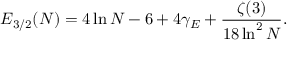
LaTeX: { \cal E } _ { 3 / 2 } ( N ) = 4 \ln N - 6 + 4 \gamma _ { E } + \frac { \zeta ( 3 ) } { 1 8 \ln ^ { 2 } N } .